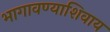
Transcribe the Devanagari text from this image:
भागावण्याशिवाय